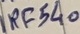
Text: RF540